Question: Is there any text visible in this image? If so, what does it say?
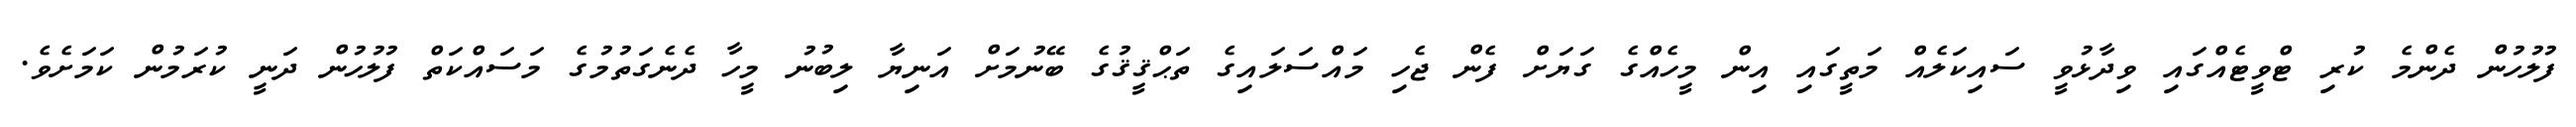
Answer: ފުލުހުން ދެންމެ ކުރި ޓްވީޓެއްގައި ވިދާޅުވީ ސައިކަލެއް މަތީގައި އިން މީހެއްގެ ގަޔަށް ފެން ޖެހި މައްސަލައިގެ ތަޙްޤީޤުގެ ބޭނުމަށް އަނިޔާ ލިބުނު މީހާ ދެނެގަތުމުގެ މަސައްކަތް ފުލުހުން ދަނީ ކުރަމުން ކަމަށެވެ.